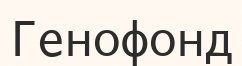
Генофонд